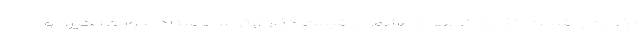
نظارت و قیمت گذاری کالاهای مشمول قیمت گذاری توسط ستاد صورت بگیرد و